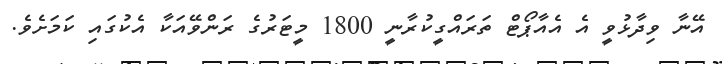
އޭނާ ވިދާޅުވީ އެ އެއާޕޯޓް ތަރައްގީކުރާނީ 1800 މީޓަރުގެ ރަންވޭއަކާ އެކުގައި ކަމަށެެވެ.